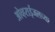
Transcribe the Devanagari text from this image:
ओव्हराईजलच्या